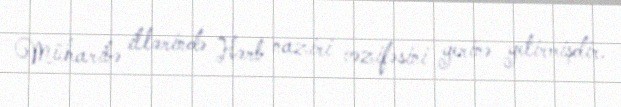
Müharibə illərində Hərb naziri vəzifəsini yerinə yetirmişdir.